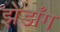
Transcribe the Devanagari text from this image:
झेडाँग